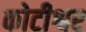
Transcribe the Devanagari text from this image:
कोटीश्वर